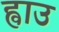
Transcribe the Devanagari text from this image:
ह्वाउ